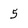
Character: 5